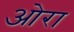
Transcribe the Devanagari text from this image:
ओरा